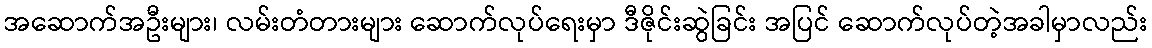
အဆောက်အဦးများ၊ လမ်းတံတားများ ဆောက်လုပ်ရေးမှာ ဒီဇိုင်းဆွဲခြင်း အပြင် ဆောက်လုပ်တဲ့အခါမှာလည်း